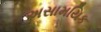
અસામયિક